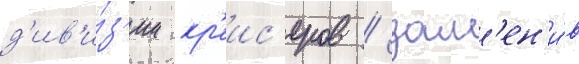
д'ив'и́з'ии кр'еис'еров / зам'ен'и́в